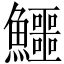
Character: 鱷